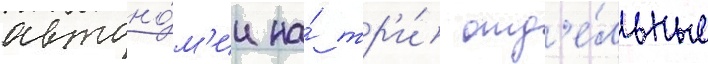
автоно́м'ии на́ тр'и́ отд'е́льные